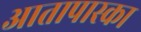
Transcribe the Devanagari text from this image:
आतापास्का